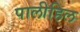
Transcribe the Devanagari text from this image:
पालीहिल